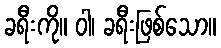
ခရီးကို။ ဝါ၊ ခရီးဖြစ်သော။